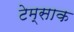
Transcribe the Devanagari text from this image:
टेम्साक